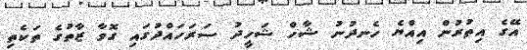
އޭގެ އިތުރުން އިއްޔެ ހެނދުނު ޝާހް ޝަހީދު ސަރަހައްދުގައި ގޮވާ ޒާތުގެ ތަކެތި